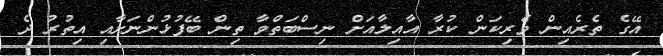
އޭގެ ތެރެއިން ވެރިކަން ކުރާ އާއިލާއަށް ނިސްބަތްވާ ތިން ބޭފުޅުންނަށާއި އިތުރު ދެ